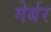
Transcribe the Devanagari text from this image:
गेर्बर